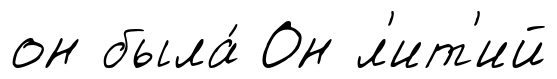
он была́ Он л'ит'ий